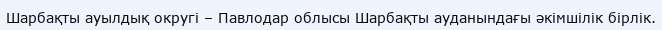
Шарбақты ауылдық округі – Павлодар облысы Шарбақты ауданындағы әкімшілік бірлік.